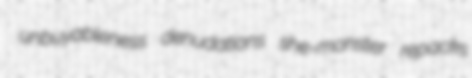
unbuyableness denudations she-monster repacks